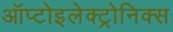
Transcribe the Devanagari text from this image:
ऑप्टोइलेक्ट्रोनिक्स